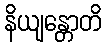
နိယျန္တောတိ